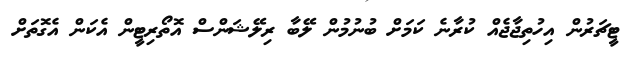
ޓީޗަރުން އިހުތިޖާޖެއް ކުރާނެ ކަމަށް ބުނުމުން ލޭބާ ރިލޭޝަންސް އޮތޯރިޓީން އެކަން އެގޮތަށް